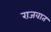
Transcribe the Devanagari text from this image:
राजवात